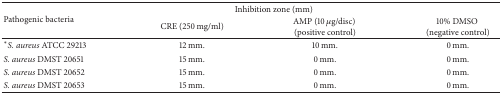
<table><thead><tr><td rowspan="2"><b> Pathogenic bacteria</b></td><td colspan="3"><b>Inhibition zone (mm)</b></td></tr><tr><td><b>CRE (250 mg/ml)</b></td><td><b>AMP (10 <i>μ</i>g/disc) (positive control)</b></td><td><b>10% DMSO (negative control)</b></td></tr></thead><tbody><tr><td><sup><i>∗</i></sup><i>S. aureus</i> ATCC 29213</td><td>12 mm.</td><td>10 mm.</td><td>0 mm.</td></tr><tr><td><i>S. aureus</i> DMST 20651</td><td>15 mm.</td><td>0 mm.</td><td>0 mm.</td></tr><tr><td><i>S. aureus</i> DMST 20652</td><td>15 mm.</td><td>0 mm.</td><td>0 mm.</td></tr><tr><td><i>S. aureus</i> DMST 20653</td><td>15 mm.</td><td>0 mm.</td><td>0 mm.</td></tr></tbody></table>